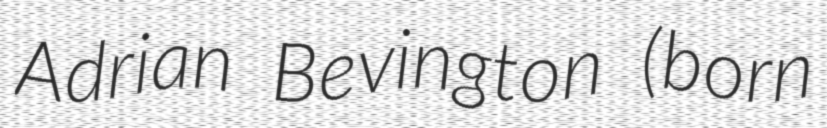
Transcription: Adrian Bevington (born